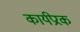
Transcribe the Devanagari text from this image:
कार्यप्रेरक